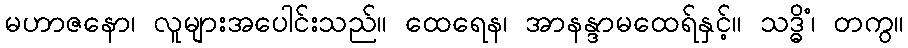
မဟာဇနော၊ လူများအပေါင်းသည်။ ထေရေန၊ အာနန္ဒာမထေရ်နှင့်။ သဒ္ဓိံ၊ တကွ။